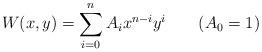
LaTeX: \begin{align*}W(x,y)=\sum_{i=0}^n A_i x^{n-i}y^i \qquad(A_0=1)\end{align*}